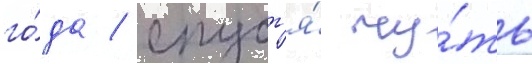
го́да / спуст'я́ чу́ть